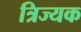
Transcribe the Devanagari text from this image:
त्रिज्यक